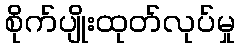
စိုက်ပျိုးထုတ်လုပ်မှု